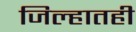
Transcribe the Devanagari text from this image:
जिल्हातही